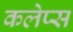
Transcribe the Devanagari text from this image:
कलेप्स